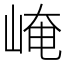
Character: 崦